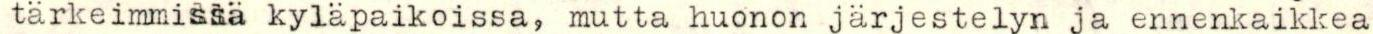
tärkeimmissä kyläpaikoissa, mutta huonon järjestelyn ja ennenkaikkea